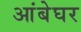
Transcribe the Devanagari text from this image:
आंबेघर